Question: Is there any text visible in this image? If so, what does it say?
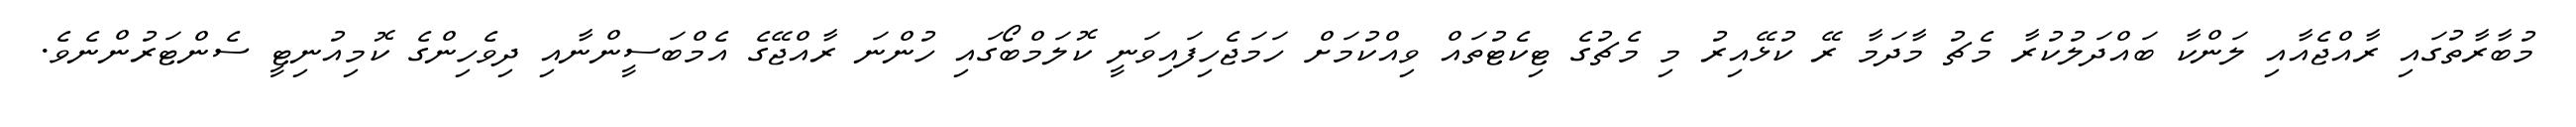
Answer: މުބާރާތުގައި ރާއްޖެއާއި ލަންކާ ބައްދަލުކުރާ މެޗު މާދަމާ ރޭ ކުޅޭއިރު މި މެޗުގެ ޓިކެޓުތައް ވިއްކުމަށް ހަމަޖެހިފައިވަނީ ކޮލަމްބޯގައި ހުންނަ ރާއްޖޭގެ އެމްބަސީންނާއި ދިވެހިންގެ ކޮމިއުނިޓީ ސެންޓަރުންނެވެ.